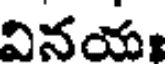
వినయః